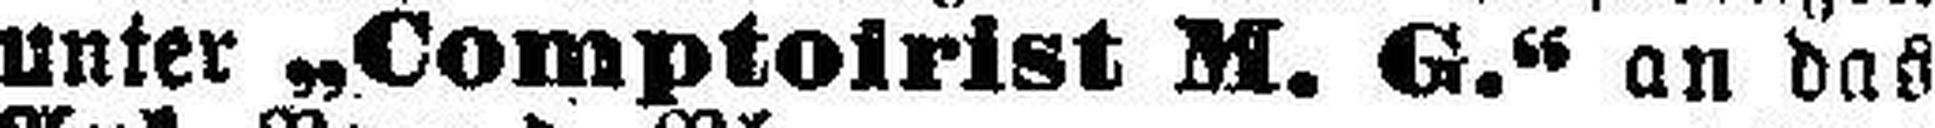
unter „Comptoirist M. G.“ an das